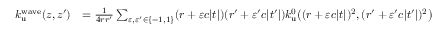
\begin{array} { r l } { k _ { \mathrm { u } } ^ { \mathrm { w a v e } } ( z , z ^ { \prime } ) } & { = \frac { 1 } { 4 r r ^ { \prime } } \sum _ { \varepsilon , \varepsilon ^ { \prime } \in \{ - 1 , 1 \} } ( r + \varepsilon c | t | ) ( r ^ { \prime } + \varepsilon ^ { \prime } c | t ^ { \prime } | ) k _ { \mathrm { u } } ^ { 0 } \big ( ( r + \varepsilon c | t | ) ^ { 2 } , ( r ^ { \prime } + \varepsilon ^ { \prime } c | t ^ { \prime } | ) ^ { 2 } \big ) } \end{array}